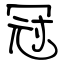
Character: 冠